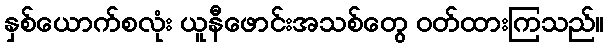
နှစ်ယောက်စလုံး ယူနီဖောင်းအသစ်တွေ ဝတ်ထားကြသည်။